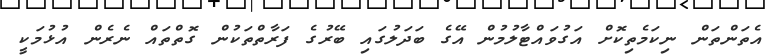
އެތަންތަން ނިކަމެތިކޮށް އަގުވައްޓާލުމުން އޭގެ ބަދަލުގައި ބޭރުގެ ފަރާތްތަކުން ގޮތްތައް ނެރެން އުޅުމަކީ